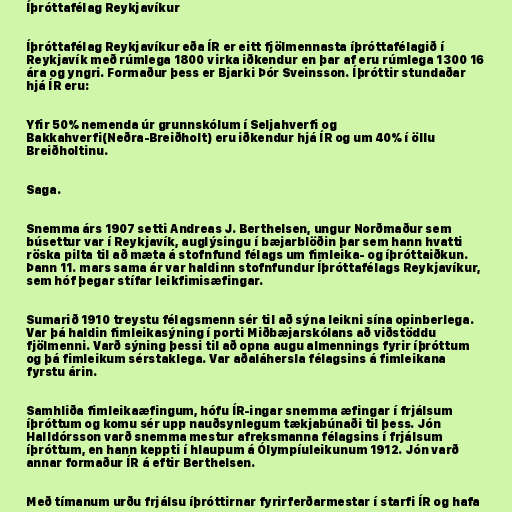
Íþróttafélag Reykjavíkur

Íþróttafélag Reykjavíkur eða ÍR er eitt fjölmennasta íþróttafélagið í
Reykjavík með rúmlega 1800 virka iðkendur en þar af eru rúmlega 1300 16
ára og yngri. Formaður þess er Bjarki Þór Sveinsson. Íþróttir stundaðar
hjá ÍR eru:

Yfir 50% nemenda úr grunnskólum í Seljahverfi og
Bakkahverfi(Neðra-Breiðholt) eru iðkendur hjá ÍR og um 40% í öllu
Breiðholtinu.

Saga.

Snemma árs 1907 setti Andreas J. Berthelsen, ungur Norðmaður sem
búsettur var í Reykjavík, auglýsingu í bæjarblöðin þar sem hann hvatti
röska pilta til að mæta á stofnfund félags um fimleika- og íþróttaiðkun.
Þann 11. mars sama ár var haldinn stofnfundur Íþróttafélags Reykjavíkur,
sem hóf þegar stífar leikfimisæfingar.

Sumarið 1910 treystu félagsmenn sér til að sýna leikni sína opinberlega.
Var þá haldin fimleikasýning í porti Miðbæjarskólans að viðstöddu
fjölmenni. Varð sýning þessi til að opna augu almennings fyrir íþróttum
og þá fimleikum sérstaklega. Var aðaláhersla félagsins á fimleikana
fyrstu árin.

Samhliða fimleikaæfingum, hófu ÍR-ingar snemma æfingar í frjálsum
íþróttum og komu sér upp nauðsynlegum tækjabúnaði til þess. Jón
Halldórsson varð snemma mestur afreksmanna félagsins í frjálsum
íþróttum, en hann keppti í hlaupum á Ólympíuleikunum 1912. Jón varð
annar formaður ÍR á eftir Berthelsen.

Með tímanum urðu frjálsu íþróttirnar fyrirferðarmestar í starfi ÍR og hafa